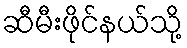
ဆီမီးဖိုင်နယ်သို့